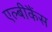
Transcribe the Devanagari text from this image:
एल्बीकैंस